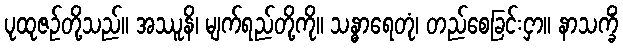
ပုထုဇဉ်တို့သည်။ အဿူနိ၊ မျက်ရည်တို့ကို။ သန္ဓာရေတုံ၊ တည်စေခြင်းငှာ။ နာသက္ခိံ